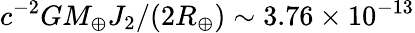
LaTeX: c^{-2}GM_{\oplus}J_{2}/(2R_{\oplus})\sim 3.76\times 10^{-13}